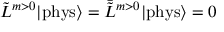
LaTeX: \tilde { L } ^ { m > 0 } | \mathrm { p h y s } \rangle = \bar { \tilde { L } } { } ^ { m > 0 } | \mathrm { p h y s } \rangle = 0